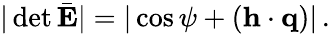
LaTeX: |\operatorname*{det}\bar{\mathbf E}|=|\cos\psi+({\mathbf h}\cdot{\mathbf q})|\, .